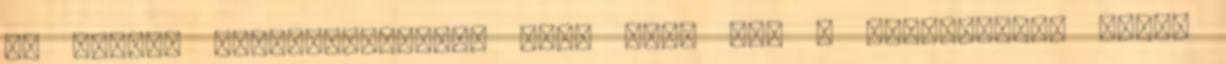
az egyben riadó-bőrönddel Ámde amíg itt a zsidóságnak külön